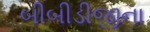
બીબીડીજીના